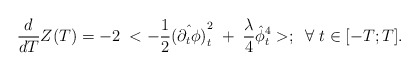
\begin{align*}{d\over dT}Z(T)=-2\; <-{1\over 2}\hat {(\partial_{t}\phi)}_t^2\;+\;{\lambda\over 4}\hat \phi^4_t>;\;\;\forall\;t\in [-T;T].\end{align*}